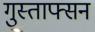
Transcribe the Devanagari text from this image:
गुस्ताफ्सन